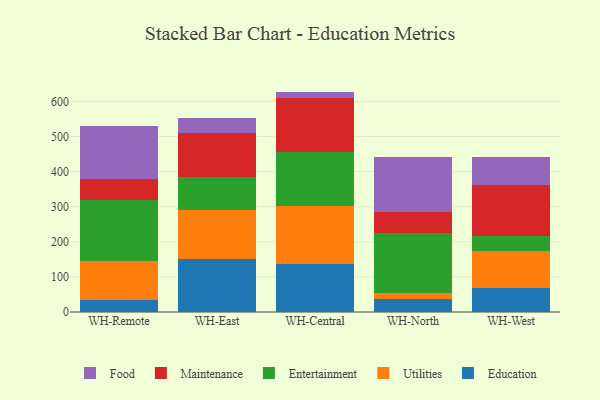
{"axis": {"x": "Warehouse", "y": "Production Output"}, "legend": ["Education", "Entertainment", "Food", "Maintenance", "Utilities"], "data": [{"x": "WH-Remote", "y": 34.6, "type": "Education"}, {"x": "WH-Remote", "y": 111.4, "type": "Utilities"}, {"x": "WH-Remote", "y": 172.4, "type": "Entertainment"}, {"x": "WH-Remote", "y": 60.4, "type": "Maintenance"}, {"x": "WH-Remote", "y": 152.3, "type": "Food"}, {"x": "WH-East", "y": 150.9, "type": "Education"}, {"x": "WH-East", "y": 140.5, "type": "Utilities"}, {"x": "WH-East", "y": 92.0, "type": "Entertainment"}, {"x": "WH-East", "y": 126.4, "type": "Maintenance"}, {"x": "WH-East", "y": 41.8, "type": "Food"}, {"x": "WH-Central", "y": 137.0, "type": "Education"}, {"x": "WH-Central", "y": 165.4, "type": "Utilities"}, {"x": "WH-Central", "y": 152.4, "type": "Entertainment"}, {"x": "WH-Central", "y": 156.0, "type": "Maintenance"}, {"x": "WH-Central", "y": 17.1, "type": "Food"}, {"x": "WH-North", "y": 37.6, "type": "Education"}, {"x": "WH-North", "y": 17.7, "type": "Utilities"}, {"x": "WH-North", "y": 168.6, "type": "Entertainment"}, {"x": "WH-North", "y": 62.3, "type": "Maintenance"}, {"x": "WH-North", "y": 155.6, "type": "Food"}, {"x": "WH-West", "y": 68.1, "type": "Education"}, {"x": "WH-West", "y": 104.8, "type": "Utilities"}, {"x": "WH-West", "y": 44.5, "type": "Entertainment"}, {"x": "WH-West", "y": 145.2, "type": "Maintenance"}, {"x": "WH-West", "y": 77.8, "type": "Food"}]}